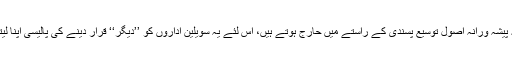
چونکہ پیشہ ورانہ اصول توسیع پسندی کے راستے میں حارج ہوتے ہیں، اس لئے یہ سویلین اداروں کو ’’دیگر‘‘ قرار دینے کی پالیسی اپنا لیتی ہے۔